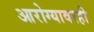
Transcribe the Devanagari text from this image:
आरोग्यावरही